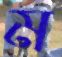
ম